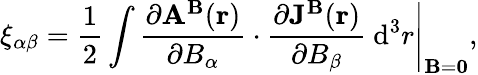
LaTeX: \xi_{\alpha\beta}=\frac{1}{2}\int\frac{\partial\mathbf{A}^{\mathbf{B}}(\mathbf{r})}{\partial B_{\alpha}}\cdot\frac{\partial\mathbf{J^{B}}(\mathbf{r})}{\partial B_{\beta}}~\mathrm{d}^{3}r\Bigg|_{{\mathbf B}={\mathbf 0}},